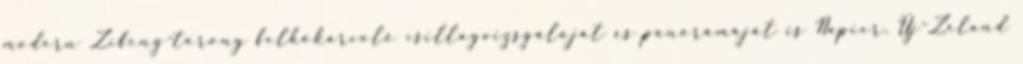
modern Zifeng-torony felhőkarcoló csillagvizsgálóját és panorámáját is Napier, Új-Zéland